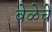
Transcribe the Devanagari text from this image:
वेळेचें